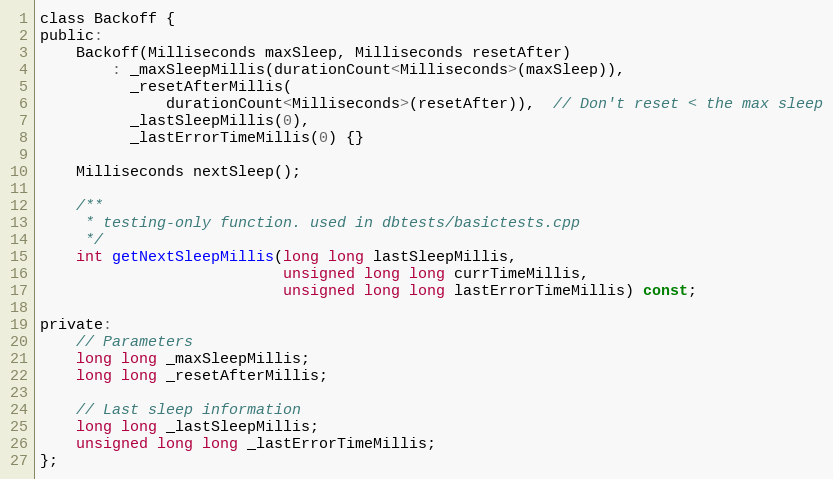
Language: C
class Backoff {
public:
    Backoff(Milliseconds maxSleep, Milliseconds resetAfter)
        : _maxSleepMillis(durationCount<Milliseconds>(maxSleep)),
          _resetAfterMillis(
              durationCount<Milliseconds>(resetAfter)),  // Don't reset < the max sleep
          _lastSleepMillis(0),
          _lastErrorTimeMillis(0) {}

    Milliseconds nextSleep();

    /**
     * testing-only function. used in dbtests/basictests.cpp
     */
    int getNextSleepMillis(long long lastSleepMillis,
                           unsigned long long currTimeMillis,
                           unsigned long long lastErrorTimeMillis) const;

private:
    // Parameters
    long long _maxSleepMillis;
    long long _resetAfterMillis;

    // Last sleep information
    long long _lastSleepMillis;
    unsigned long long _lastErrorTimeMillis;
};